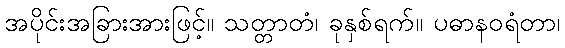
အပိုင်းအခြားအားဖြင့်။ သတ္တာတံ၊ ခုနှစ်ရက်။ ပဓာနဝရံတာ၊